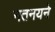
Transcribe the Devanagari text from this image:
नतनयने